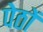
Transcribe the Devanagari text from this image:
पेठों